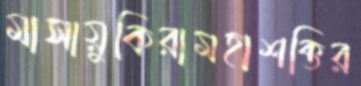
মাসায়ুকিরামহাশক্তির